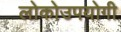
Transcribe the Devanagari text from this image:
लोकोउपयोगी